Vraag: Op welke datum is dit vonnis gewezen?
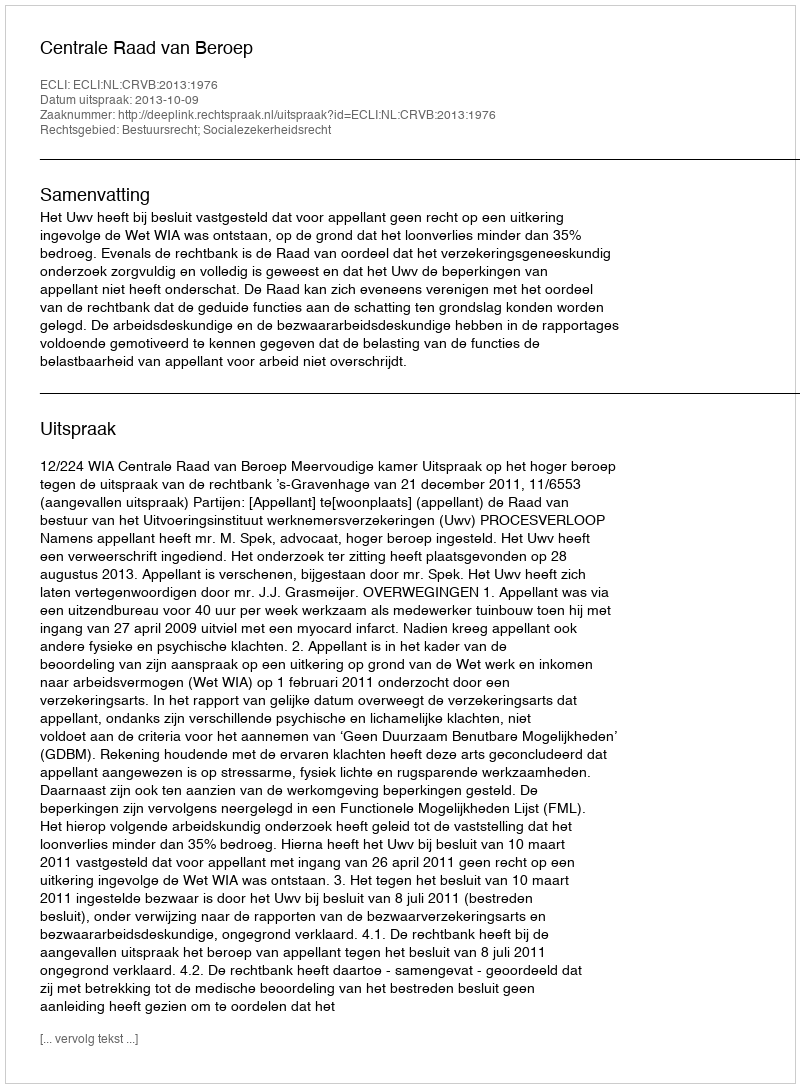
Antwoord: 2013-10-09